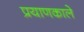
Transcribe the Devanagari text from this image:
प्रयाणकाले